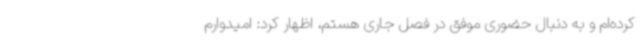
کرده‌ام و به دنبال حضوری موفق در فصل جاری هستم، اظهار کرد: امیدوارم